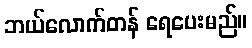
ဘယ်လောက်တန် ရေပေးမည်။